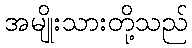
အမျိုးသားတို့သည်